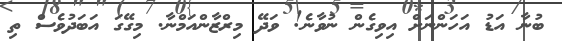
ބުނާ އަޑު އަހަންނަށް އިވިގެން ނުވާނެ! ވަދޭ މިރްޒާންއަމްނާ. މިގޭގަ އަބަދުވެސް ތި